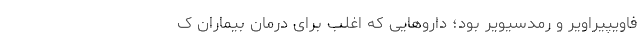
فاویپیراویر و رمدسیویر بود؛ داروهایی که اغلب برای درمان بیماران ک